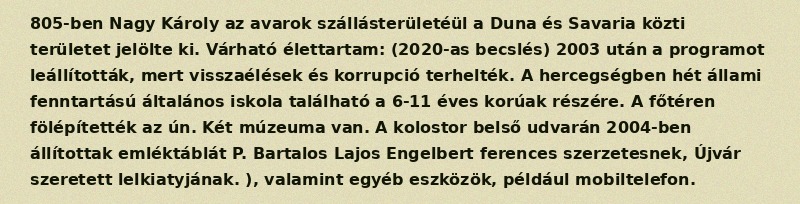
805-ben Nagy Károly az avarok szállásterületéül a Duna és Savaria közti területet jelölte ki. Várható élettartam: (2020-as becslés) 2003 után a programot leállították, mert visszaélések és korrupció terhelték. A hercegségben hét állami fenntartású általános iskola található a 6-11 éves korúak részére. A főtéren fölépítették az ún. Két múzeuma van. A kolostor belső udvarán 2004-ben állítottak emléktáblát P. Bartalos Lajos Engelbert ferences szerzetesnek, Újvár szeretett lelkiatyjának. ), valamint egyéb eszközök, például mobiltelefon.